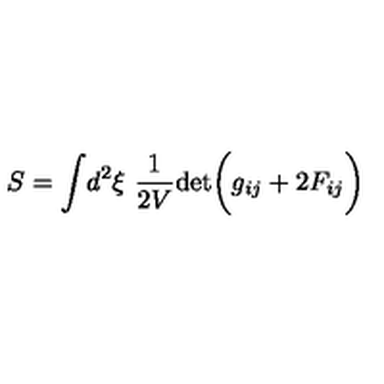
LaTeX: S = \int \! d ^ { 2 } \xi \ { \frac { 1 } { 2 V } } \mathrm { d e t } \biggl ( g _ { i j } + 2 F _ { i j } \biggr )